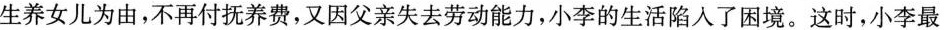
生养女儿为由，不再付抚养费，又因父亲失去劳动能力，小李的生活陷入了困境。这时，小李最